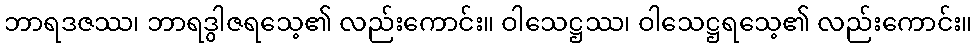
ဘာရဒဇဿ၊ ဘာရဒွါဇရသေ့၏ လည်းကောင်း။ ဝါသေဋ္ဌဿ၊ ဝါသေဋ္ဌရသေ့၏ လည်းကောင်း။